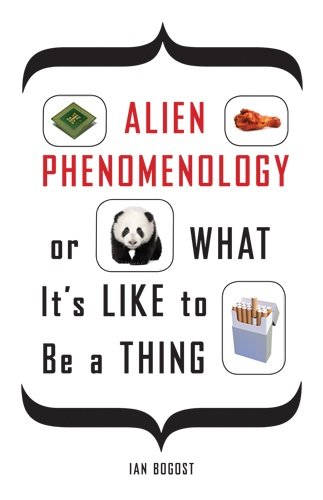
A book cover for Alien Phenomenology, or What It's Like to Be a Thing (Posthumanities); Ian Bogost; Politics & Social Sciences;